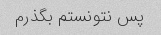
پس نتونستم بگذرم